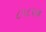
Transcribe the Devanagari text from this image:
८१८१अ